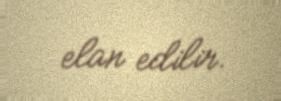
elan edilir.